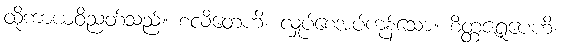
ထိုကာယဝိညတ်သည်။ စလိတေဟိ၊ လှုပ်စေအပ်ကုန်သော။ စိတ္တဇရူပေဟိ၊